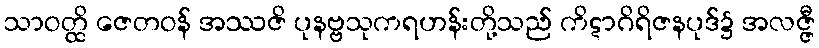
သာဝတ္ထိ ဇေတဝန် အဿဇိ ပုနဗ္ဗသုကရဟန်းတို့သည် ကိဋာဂိရိဇနပုဒ်၌ အလဇ္ဇီ